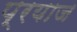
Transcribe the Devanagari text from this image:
प्रयाज